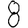
Digit: 8